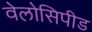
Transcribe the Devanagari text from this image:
वेलोसिपीड